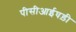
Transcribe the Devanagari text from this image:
पीसीआईघड़ी